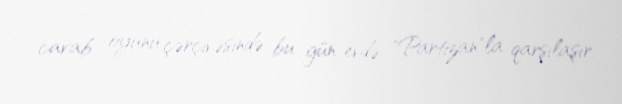
cavab oyunu çərçivəsində bu gün evdə "Partizan"la qarşılaşır.